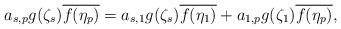
LaTeX: \begin{align*}a_{s,p}g(\zeta_s)\overline{f(\eta_p)}=a_{s,1}g(\zeta_s)\overline{f(\eta_1)}+a_{1,p}g(\zeta_1)\overline{f(\eta_p)},\end{align*}